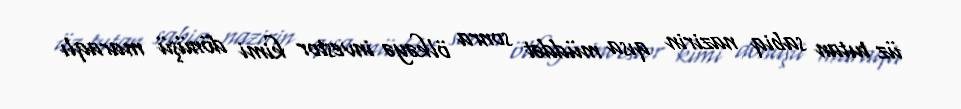
üz tutan sabiq nazirin qısa müddət sonra ölkəyə investor kimi dönüşü maraqlı